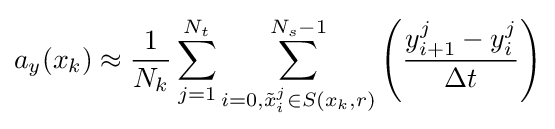
a_{y}(x_{k})\approx {\frac {1}{N_{k}}}\sum _{j=1}^{N_{t}}\sum _{i=0,{\tilde {x}}_{i}^{j}\in S(x_{k},r)}^{N_{s}-1}\left({\frac {y_{i+1}^{j}-y_{i}^{j}}{\Delta t}}\right)